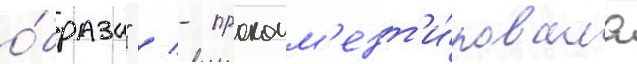
о́браза" / - прокомм'ент'и́ровала